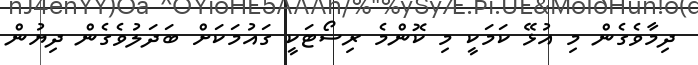
ދިމާވެގެން މި އުޅޭ ކަމަކީ މި ކޮންމެ ރިސޯޓަކީ ގައުމަކަށް ބަދަލުވެގެން ދިޔުން